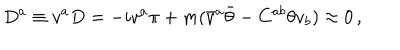
LaTeX: D ^ { a } \equiv v ^ { a } D = - i v ^ { a } \pi + m ( \bar { v } ^ { a } \bar { \theta } - C ^ { a b } \theta v _ { b } ) \approx 0 \, ,